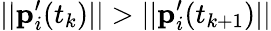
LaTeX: ||\mathbf{p}_{i}^{\prime}(t_{k})||>||\mathbf{p}_{i}^{\prime}(t_{k+1})||